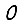
Digit: 0